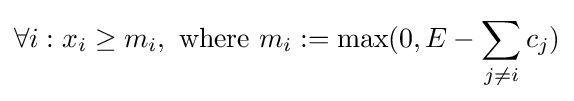
\forall i:x_{i}\geq m_{i},{\text{ where }}m_{i}:=\max(0,E-\sum _{j\neq i}c_{j})